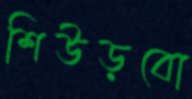
শিউড়বো